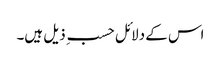
اس کے دلائل حسب ِ ذیل ہیں۔